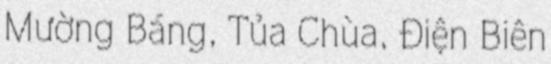
Mường Báng, Tủa Chùa, Điện Biên